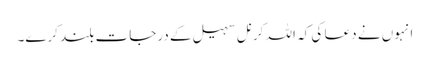
انہوں نے دعا کی کہ اللہ کرنل سہیل کے درجات بلند کرے۔